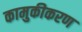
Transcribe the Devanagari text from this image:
कामुकीकरण